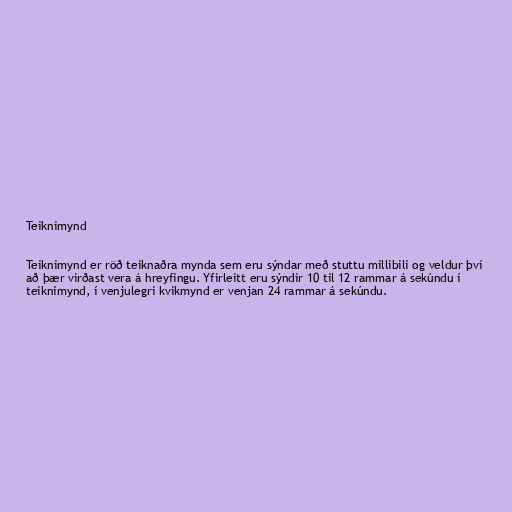
Teiknimynd

Teiknimynd er röð teiknaðra mynda sem eru sýndar með stuttu millibili og veldur því
að þær virðast vera á hreyfingu. Yfirleitt eru sýndir 10 til 12 rammar á sekúndu í
teiknimynd, í venjulegri kvikmynd er venjan 24 rammar á sekúndu.